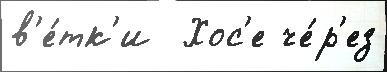
в'е́тк'и  Хос'е че́р'ез